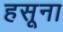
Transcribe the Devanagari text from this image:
हसूना